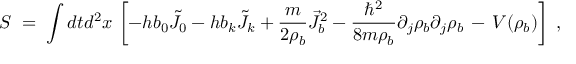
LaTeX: S \; = \; \int d t d ^ { 2 } x \, \left[ - h b _ { 0 } { \tilde { J } } _ { 0 } - h b _ { k } { \tilde { J } } _ { k } + \frac { m } { 2 \rho _ { b } } { \vec { J } } _ { b } ^ { 2 } - \frac { \hbar ^ { 2 } } { 8 m \rho _ { b } } \partial _ { j } \rho _ { b } \partial _ { j } \rho _ { b } \, - \, V ( \rho _ { b } ) \right] \; ,